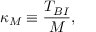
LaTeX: \kappa _ { M } \equiv \frac { T _ { B I } } { M } ,